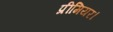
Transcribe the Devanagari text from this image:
प्रीमियर।